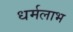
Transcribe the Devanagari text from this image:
धर्मलाभ